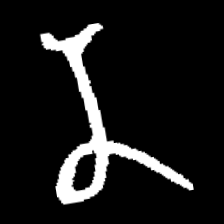
Pyu character \u2014 Myanmar letter: န (romanized: na)